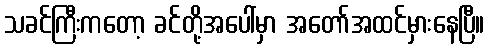
သခင်ကြီးကတော့ ခင်တို့အပေါ်မှာ အတော်အထင်မှားနေပြီ။